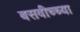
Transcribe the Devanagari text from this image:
बसवीच्च्या